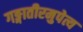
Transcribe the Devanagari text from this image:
गङ्गातीरमुपेत्य